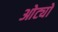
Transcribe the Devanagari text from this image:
ओट्यो